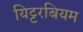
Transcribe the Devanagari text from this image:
यिट्टरबियम